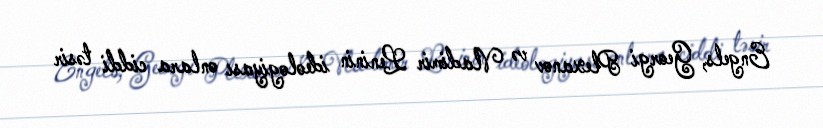
Engels, Georgi Plexanov və Vladimir Leninin ideologiyası onlara ciddi təsir